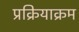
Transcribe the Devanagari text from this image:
प्रक्रियाक्रम